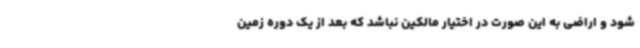
شود و اراضی به این صورت در اختیار مالکین نباشد که بعد از یک دوره زمین